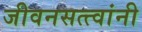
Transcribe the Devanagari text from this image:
जीवनसत्त्वांनी